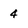
Character: 4